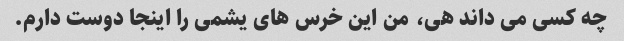
چه کسی می داند هی، من این خرس های یشمی را اینجا دوست دارم.